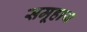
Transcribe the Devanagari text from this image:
समूहाय